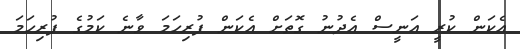
އެކަން ކުރީ އަނީސް އެދުނު ގޮތަށް އެކަން ފުރިހަމަ ވާނެ ކަމުގެ ފުރިހަމަ